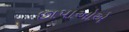
છાપાઓએ